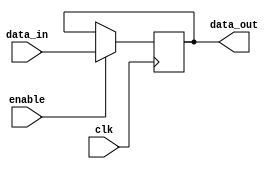
module timing_control_and_sync(
    input wire clk,
    input wire enable,
    input wire data_in,
    output reg data_out
    );

reg internal_data;

always @(posedge clk) begin
    if (enable) begin
        internal_data <= data_in;
    end
end

assign data_out = internal_data;

endmodule